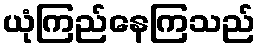
ယုံကြည်နေကြသည်